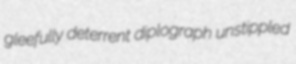
gleefully deterrent diplograph unstippled